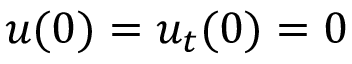
u ( 0 ) = u _ { t } ( 0 ) = 0